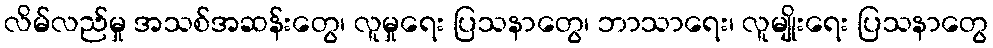
လိမ်လည်မှု အသစ်အဆန်းတွေ၊ လူမှုရေး ပြသနာတွေ၊ ဘာသာရေး၊ လူမျိုးရေး ပြသနာတွေ